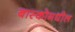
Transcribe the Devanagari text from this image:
बास्कोमधील